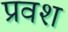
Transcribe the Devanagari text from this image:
प्रवश